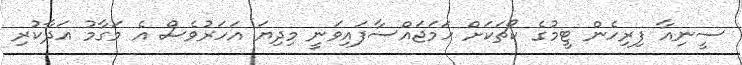
ސީނިއާ ފިރިހެން ޓީމުގެ ކޯޗަކަށް ހަމަޖައްސާފައިވަނީ މިދިޔަ އަހަރުވެސް އެ މަގާމު އަދާކުރި